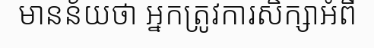
មានន័យថា អ្នកត្រូវការសិក្សាអំពី